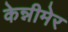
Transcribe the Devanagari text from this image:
केन्नीमेर